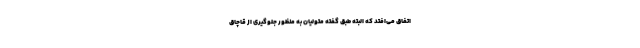
اتفاق می‌افتد که البته طبق گفته متولیان به منظور جلوگیری از قاچاق